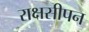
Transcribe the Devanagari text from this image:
राक्षसीपन